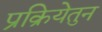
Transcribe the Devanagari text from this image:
प्रक्रियेतुन